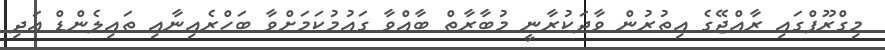
މިގްރޫޕްގައި ރާއްޖޭގެ އިތުރުން ވާދަކުރާނީ މުބާރާތް ބާއްވާ ގައުމުކަމަށްވާ ބަހްރެއިނާއި ތައިލެންޑް އަދި